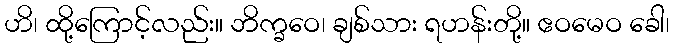
ဟိ၊ ထို့ကြောင့်လည်း။ ဘိက္ခဝေ၊ ချစ်သား ရဟန်းတို့။ ဧဝမေဝ ခေါ၊